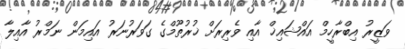
ވަޒީރު އިބްރާހީމް އައްޝައިޚް އާއި ވެރިރަށް ޚުރުތޫމްގެ ގަވަރުނަރު އައިމަން ނަމްރު އާއިލާ